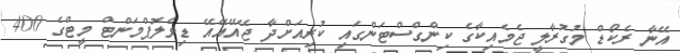
އޭނާ ރެކޯޑް މުގުރާލީ ޖެމެއިކާގެ ކިންގްސްޓަންގައި ކުރިއަށްދާ ޖޭއޭއޭއޭ ޑިވެލޮޕްމަންޓް މީޓްގެ 400